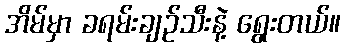
အိမ်မှာ ခရမ်းချဉ်သီးနဲ့ ရွေးတယ်။